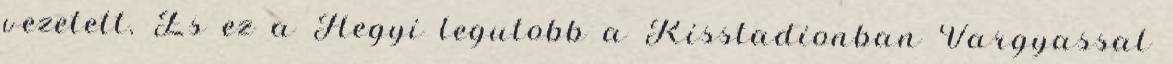
vezetett. Es ez a Hegyi legutobb a Kisstadionban Vargyassal